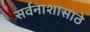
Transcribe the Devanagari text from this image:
सर्वनाशासाठे